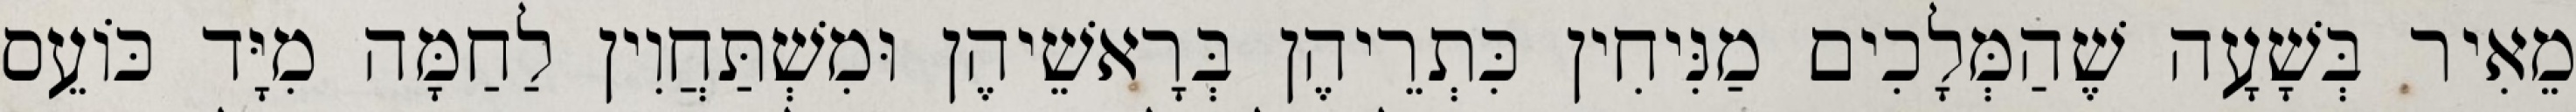
מֵאִיר בְּשָׁעָה שֶׁהַמְּלָכִים מַנִּיחִין כִּתְרֵיהֶן בְּרָאשֵׁיהֶן וּמִשְׁתַּחֲוִין לַחַמָּה מִיָּד כּוֹעֵס